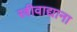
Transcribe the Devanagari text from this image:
स्त्रीवाद्याना